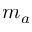
m _ { a }